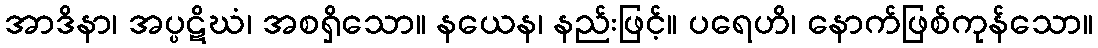
အာဒိနာ၊ အပ္ပဋိဃံ၊ အစရှိသော။ နယေန၊ နည်းဖြင့်။ ပရေဟိ၊ နောက်ဖြစ်ကုန်သော။